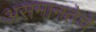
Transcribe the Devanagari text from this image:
असमानतेचे